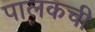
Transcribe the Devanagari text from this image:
पालकची